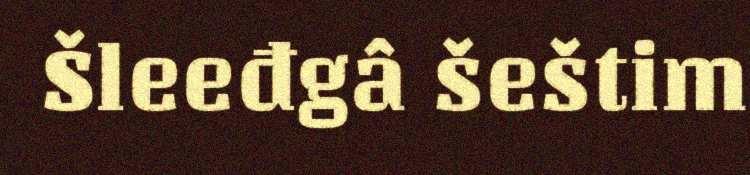
Šleeđgâ šeštim